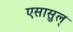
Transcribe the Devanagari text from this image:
एसासुल्